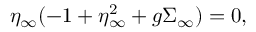
\eta _ { \infty } ( - 1 + \eta _ { \infty } ^ { 2 } + g \Sigma _ { \infty } ) = 0 ,